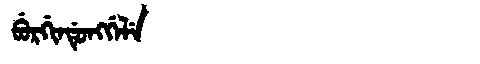
Manchu: ᠪᡠᡵᡤᡳᠨᡩᡠᠩᡤᡝᠯᡝ
Romanization: BURGINDUNGGELE